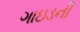
ગાઇડની